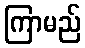
ကြာမည်